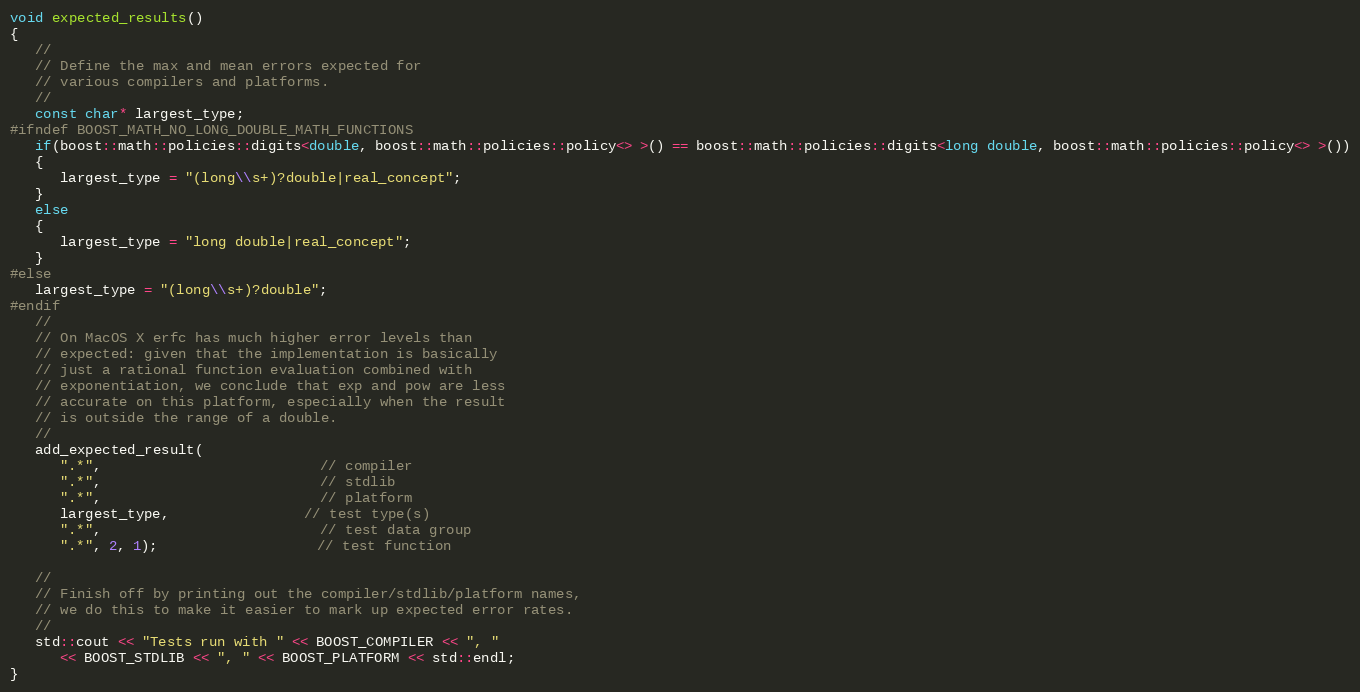
Language: C++
void expected_results()
{
   //
   // Define the max and mean errors expected for
   // various compilers and platforms.
   //
   const char* largest_type;
#ifndef BOOST_MATH_NO_LONG_DOUBLE_MATH_FUNCTIONS
   if(boost::math::policies::digits<double, boost::math::policies::policy<> >() == boost::math::policies::digits<long double, boost::math::policies::policy<> >())
   {
      largest_type = "(long\\s+)?double|real_concept";
   }
   else
   {
      largest_type = "long double|real_concept";
   }
#else
   largest_type = "(long\\s+)?double";
#endif
   //
   // On MacOS X erfc has much higher error levels than
   // expected: given that the implementation is basically
   // just a rational function evaluation combined with
   // exponentiation, we conclude that exp and pow are less
   // accurate on this platform, especially when the result
   // is outside the range of a double.
   //
   add_expected_result(
      ".*",                          // compiler
      ".*",                          // stdlib
      ".*",                          // platform
      largest_type,                // test type(s)
      ".*",                          // test data group
      ".*", 2, 1);                   // test function

   //
   // Finish off by printing out the compiler/stdlib/platform names,
   // we do this to make it easier to mark up expected error rates.
   //
   std::cout << "Tests run with " << BOOST_COMPILER << ", "
      << BOOST_STDLIB << ", " << BOOST_PLATFORM << std::endl;
}